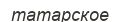
татарское